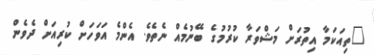
"ތިއަކަމާ އިތުރަށް މަޝްވަރާ ކުރުމުގެ ބޭނުމެއް ނެތެވެ. އެންމެ އަވަހަށް ކުރިއަށް ދެވެން